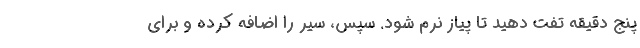
پنج دقیقه تفت دهید تا پیاز نرم شود. سپس، سیر را اضافه کرده و برای